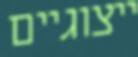
ייצוגיים